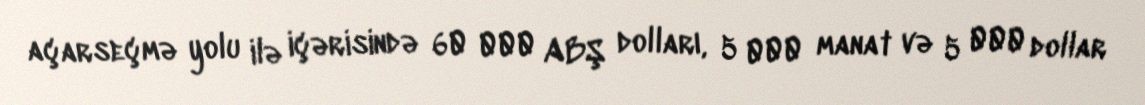
açarseçmə yolu ilə içərisində 60 000 ABŞ dolları, 5 000 manat və 5 000 dollar